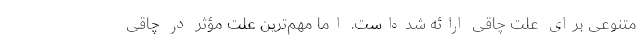
متنوعی برای علت چاقی ارائه شده‌است. اما مهم‌ترین علت مؤثر در چاقی